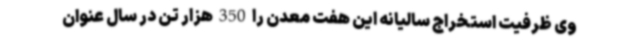
وی ظرفیت استخراج سالیانه این هفت معدن را 350 هزار تن در سال عنوان